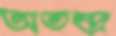
অতন্দ্র